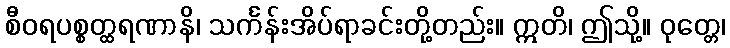
စီဝရပစ္စတ္ထရဏာနိ၊ သင်္ကန်းအိပ်ရာခင်းတို့တည်း။ ဣတိ၊ ဤသို့။ ဝုတ္တေ၊